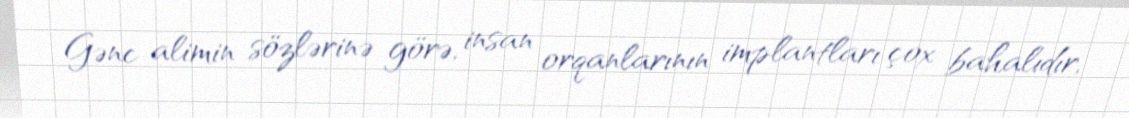
Gənc alimin sözlərinə görə, insan orqanlarının implantları çox bahalıdır,